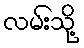
လမ်းသို့